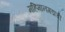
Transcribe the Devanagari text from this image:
महिमानगडाची